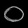
Digit: ၀